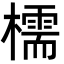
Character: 檽